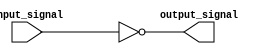
module RTL_Inverter (
    input wire input_signal,
    output reg output_signal
);

assign input_buffer = input_signal;
assign output_signal = ~input_buffer;

endmodule